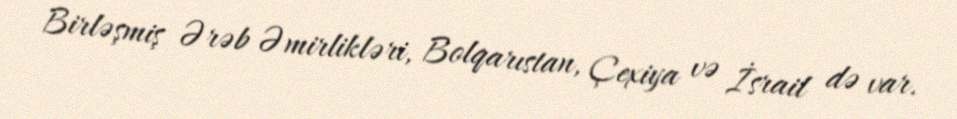
Birləşmiş Ərəb Əmirlikləri, Bolqarıstan, Çexiya və İsrail də var.